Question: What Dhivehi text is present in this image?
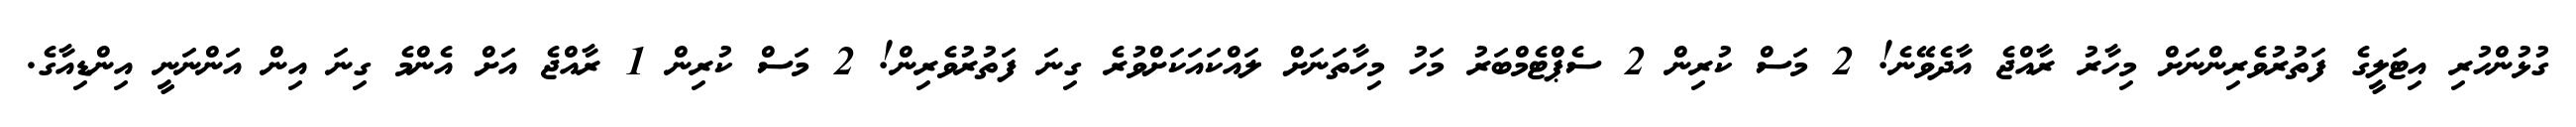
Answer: ގުޅުންހުރި އިޓަލީގެ ފަތުރުވެރިންނަށް މިހާރު ރާއްޖެ އާދެވޭނެ! 2 މަސް ކުރިން 2 ސެޕްޓެމްބަރު މަހު މިހާތަނަށް ލައްކައަކަށްވުރެ ގިނަ ފަތުރުވެރިން! 2 މަސް ކުރިން 1 ރާއްޖެ އަށް އެންމެ ގިނަ އިން އަންނަނީ އިންޑިއާގެ.